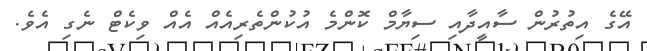
އޭގެ އިތުރުން ސާއީދާއި ސިޔާމް ކޮންމެ އުކުންތެރިއެއް އެއް ވިކެޓް ނެގި އެވެ.